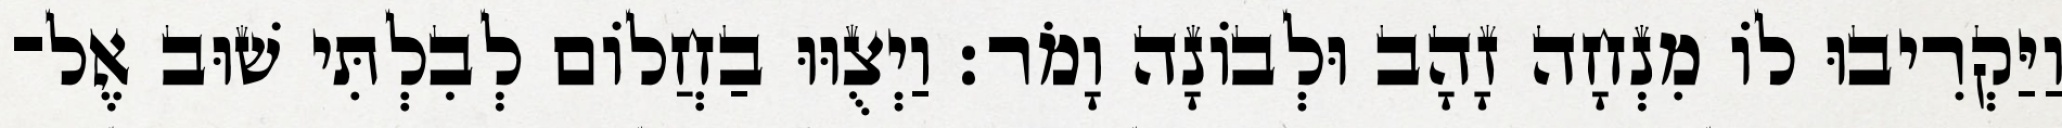
וַיַּקְרִיבוּ לוֹ מִנְחָה זָהָב וּלְבוֹנָה וָמֹר׃ וַיְצֻוּוּ בַחֲלוֹם לְבִלְתִּי שׁוּב אֶל־